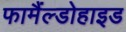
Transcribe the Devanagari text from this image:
फामैंल्डोहाइड